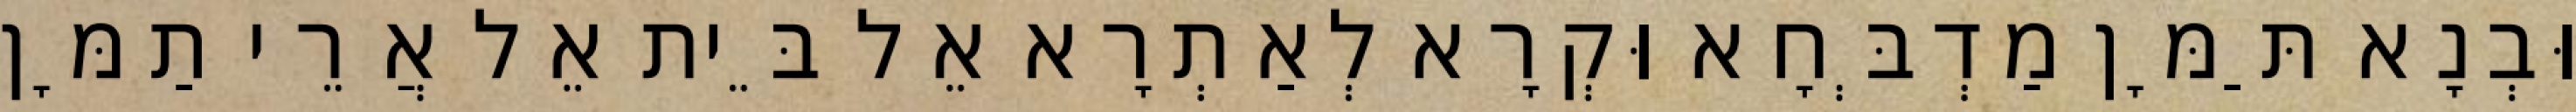
וּבְנָא תַּמָּן מַדְבְּחָא וּקְרָא לְאַתְרָא אֵל בֵּית אֵל אֲרֵי תַמָּן